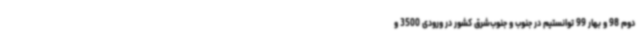
دوم 98 و بهار 99 توانستیم در جنوب و جنوب‌شرق کشور در ورودی 3500 و